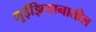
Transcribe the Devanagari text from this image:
लुईझियानातील